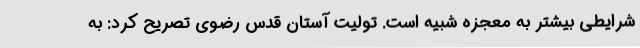
شرایطی بیشتر به معجزه شبیه است. تولیت آستان قدس رضوی تصریح کرد: به